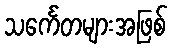
သင်္ကေတများအဖြစ်